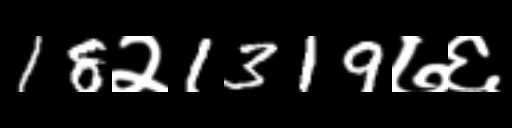
Text: 18२1319७६